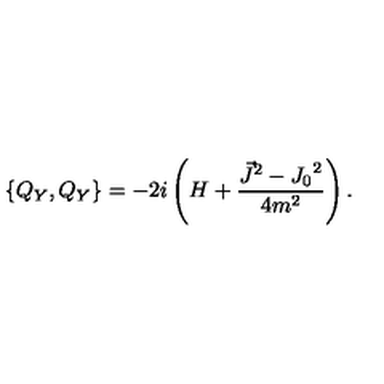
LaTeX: \{ Q _ { Y } , Q _ { Y } \} = - 2 i \left( H + \frac { { \vec { J } } ^ { 2 } - { J _ { 0 } } ^ { 2 } } { 4 m ^ { 2 } } \right) .